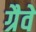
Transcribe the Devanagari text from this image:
ग्रैवे